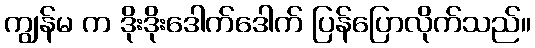
ကျွန်မ က ဒိုးဒိုးဒေါက်ဒေါက် ပြန်ပြောလိုက်သည်။